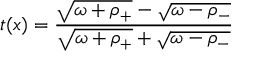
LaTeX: t ( x ) = { \frac { \sqrt { \omega + \rho _ { + } } - \sqrt { \omega - \rho _ { - } } } { \sqrt { \omega + \rho _ { + } } + \sqrt { \omega - \rho _ { - } } } }